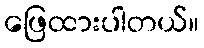
ဖြေထားပါတယ်။